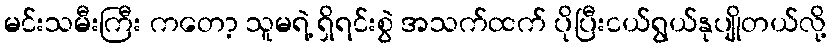
မင်းသမီးကြီး ကတော့ သူမရဲ့ ရှိရင်းစွဲ အသက်ထက် ပိုပြီးငယ်ရွယ်နုပျိုတယ်လို့